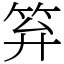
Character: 笲